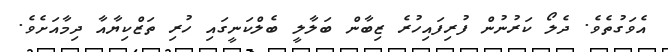
އެވަގުތެވެ. ދެލޯ ކަރުނުން ފުރިފައިހުރެ ޒިބާން ބަލާލީ ބެލްކަނީގައި ހުރި ތަޒްކިޔާއާ ދިމާއަށެވެ.